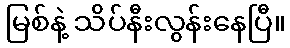
မြစ်နဲ့ သိပ်နီးလွန်းနေပြီ။